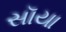
સૉયા